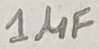
Text: 1µF